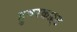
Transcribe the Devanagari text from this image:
हुवरक्रफ़्ट